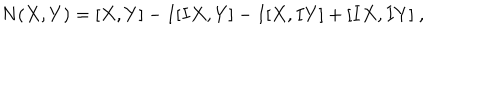
LaTeX: N ( X , Y ) = [ X , Y ] - I [ I X , Y ] - I [ X , I Y ] + [ I X , I Y ] ~ ,